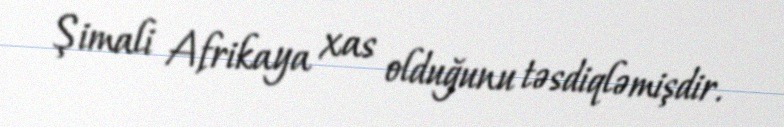
Şimali Afrikaya xas olduğunu təsdiqləmişdir.